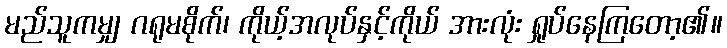
မည်သူကမျှ ဂရုမစိုက်၊ ကိုယ့်အလုပ်နှင့်ကိုယ် အားလုံး ရှုပ်နေကြတော့၏။